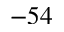
- 5 4